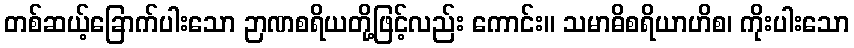
တစ်ဆယ့်ခြောက်ပါးသော ဉာဏစရိယတို့ဖြင့်လည်း ကောင်း။ သမာဓိစရိယာဟိစ၊ ကိုးပါးသော